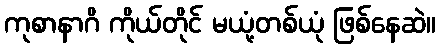
ကုစာနာဂိ ကိုယ်တိုင် မယုံ့တစ်ယုံ ဖြစ်နေဆဲ။